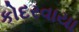
કોદરવાયા